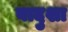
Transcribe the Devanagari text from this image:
बादुशा